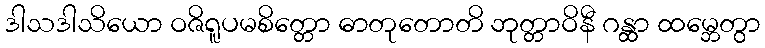
ဒါသဒါသိယော ဝဇိရူပမစိတ္တော ဓာတုတောတိ ဘုတ္တာဝိနီ ဂန္ထာ ထမ္ဘေတွာ